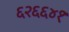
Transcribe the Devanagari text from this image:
६२६६४१